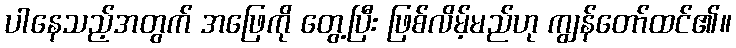
ပါနေသည့်အတွက် အဖြေကို တွေ့ပြီး ဖြစ်လိမ့်မည်ဟု ကျွန်တော်ထင်၏။